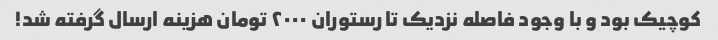
کوچیک بود و با وجود فاصله نزدیک تا رستوران ۲۰۰۰ تومان هزینه ارسال گرفته شد!